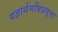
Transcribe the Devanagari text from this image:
यज्ञार्थमभिप्रवृत्ता